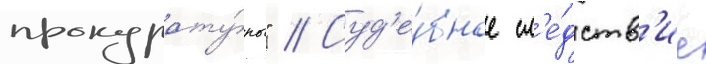
прокурату́ры" // Суд'е́бное сл'е́дств'ие